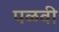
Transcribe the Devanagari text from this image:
पळवी